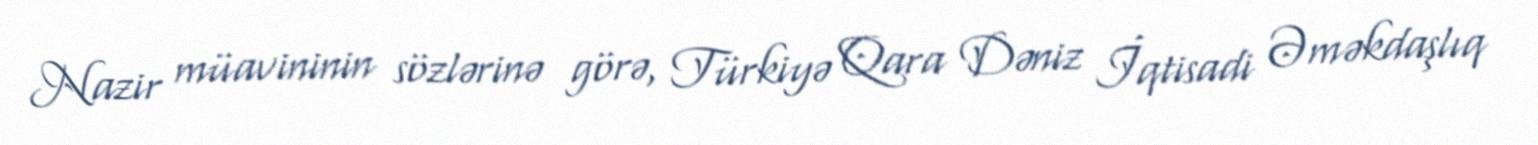
Nazir müavininin sözlərinə görə, Türkiyə Qara Dəniz İqtisadi Əməkdaşlıq